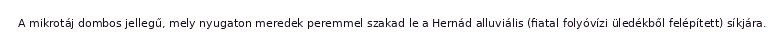
A mikrotáj dombos jellegű, mely nyugaton meredek peremmel szakad le a Hernád alluviális (fiatal folyóvízi üledékből felépített) síkjára.